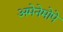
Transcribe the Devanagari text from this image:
अमेनेमोपे